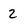
Character: 2